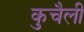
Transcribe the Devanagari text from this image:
कुचैली